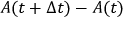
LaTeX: A ( t + \Delta t ) - A ( t )